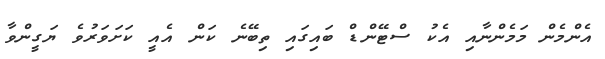
އެންމެން މަމެންނާއި އެކު ސްޓޭންޑް ބައިގައި ތިބޭނެ ކަން އެއީ ކަށަވަރުވެ ޔަގީންވާ